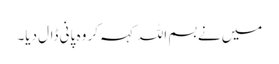
میں نے بسم اللہ کہہ کر وہ پانی ڈال دیا۔